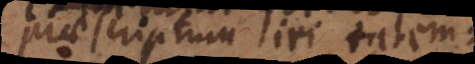
praescriptum iri talem: